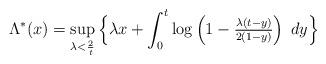
LaTeX: \begin{align*} \Lambda^*(x) = \sup \limits_{\lambda < \frac{2}{t}}\Big \{\lambda x + \int_0^t \log \left(1 - \tfrac{\lambda(t-y)}{2(1-y)}\right) \; dy\Big\} \end{align*}